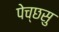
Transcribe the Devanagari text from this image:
पेच्छसु